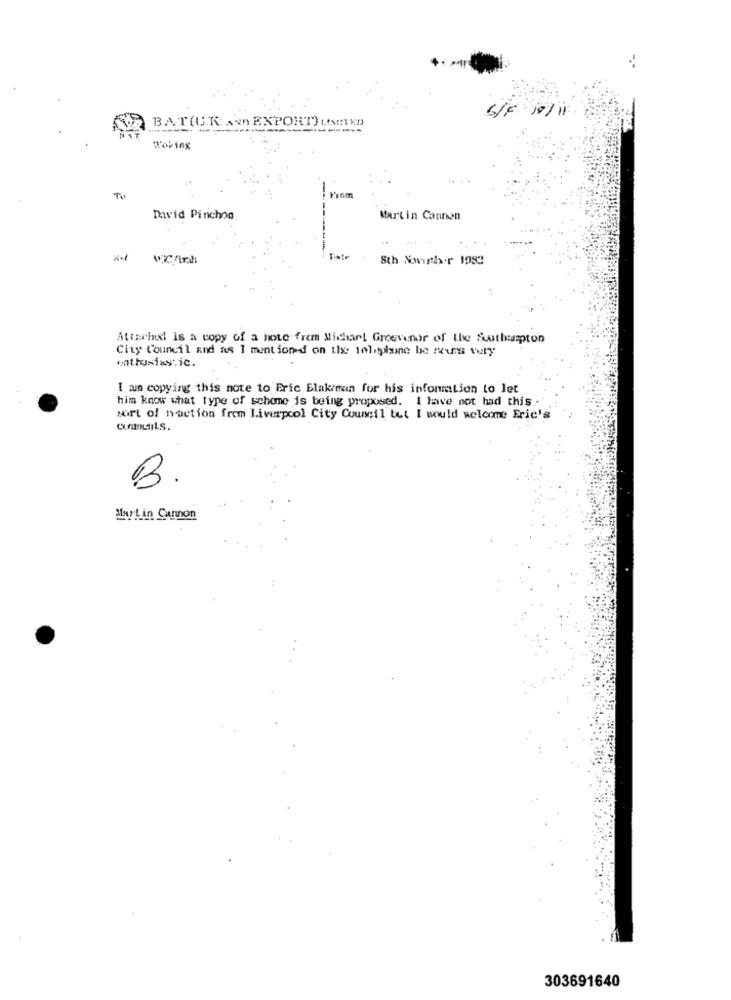
6/6/10/11
BAT(UK A< EXPORT) LINK
------
Wok ing
Tu
David Pinchon
Martin Cannon
Sth Novinky.r 1983
Attached is a copy of a home from Micharl Grosvenor of the fuuthampton
City Council and as I mentioned on the telephone be reurs very
enthusiastic.
I am copying this note to Eric Elakrman for his information to let
him know what type of scheme is being proposed. I have not had this .
port of naction from Liverpool City Council but I would welcome Eric's
CuLlis.
Martin Cannon
303691640